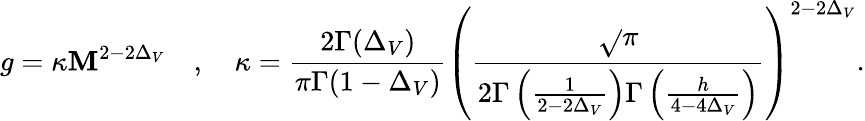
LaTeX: g=\kappa\mathbf{M}^{2-2\Delta_{V}}\quad,\quad\kappa=\frac{{2\Gamma(\Delta_{V})}}{{\pi\Gamma(1-\Delta_{V})}}\left(\frac{{\sqrt{}{{\pi}}}}{{2\Gamma\left(\frac{{1}}{{2-2\Delta_{V}}}\right)\Gamma\left(\frac{{h}}{{4-4\Delta_{V}}}\right)}}\right)^{2-2\Delta_{V}}.